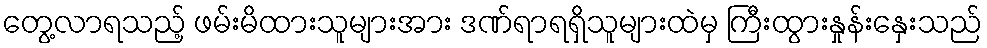
တွေ့လာရသည့် ဖမ်းမိထားသူများအား ဒဏ်ရာရရှိသူများထဲမှ ကြီးထွားနှုန်းနှေးသည်